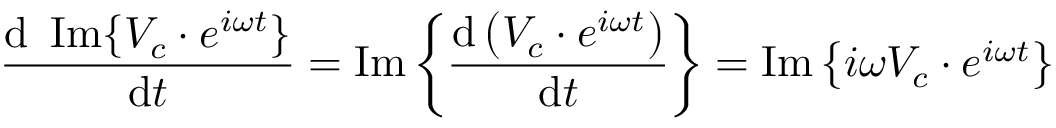
{ \frac { \mathrm { d } \ \operatorname { I m } \{ V _ { c } \cdot e ^ { i \omega t } \} } { \mathrm { d } t } } = \operatorname { I m } \left\{ { \frac { \mathrm { d } \left( V _ { c } \cdot e ^ { i \omega t } \right) } { \mathrm { d } t } } \right\} = \operatorname { I m } \left\{ i \omega V _ { c } \cdot e ^ { i \omega t } \right\}